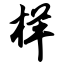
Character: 样